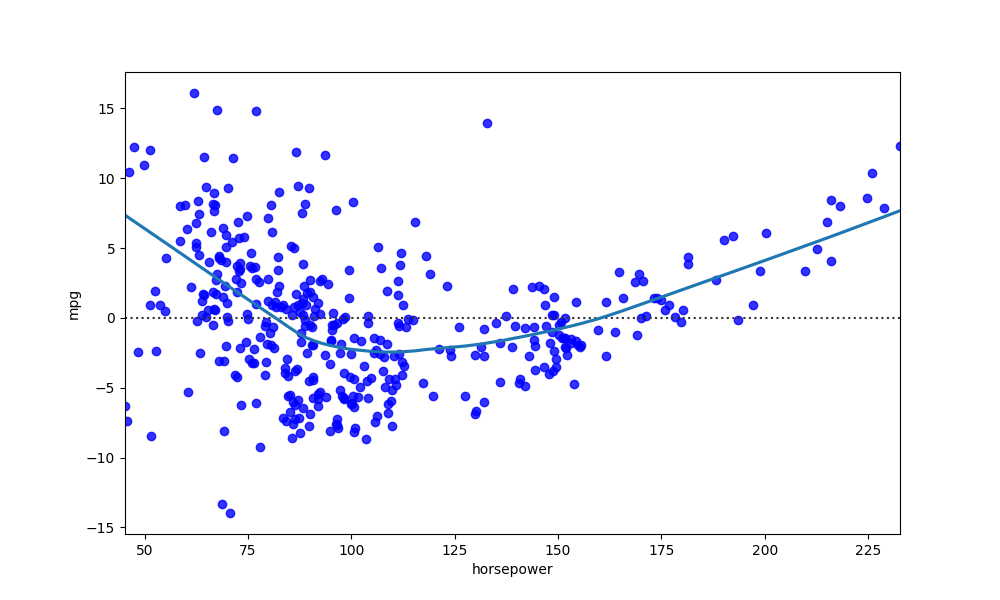
python, seaborn, residplot, lowess=True, scatter_color=blue